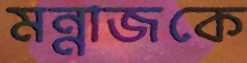
মন্নাজকে